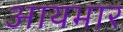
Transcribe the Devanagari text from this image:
आयभार